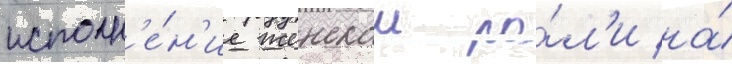
исполн'е́н'ие женскои ро́л'и на́